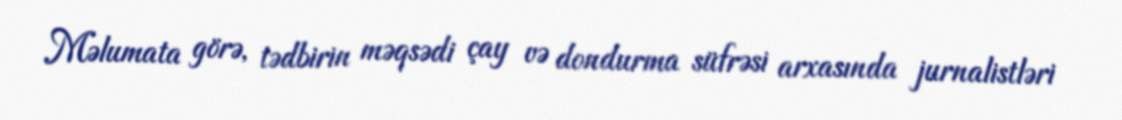
Məlumata görə, tədbirin məqsədi çay və dondurma süfrəsi arxasında jurnalistləri